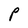
Character: P